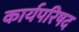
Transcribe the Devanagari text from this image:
कार्यपरिषद